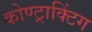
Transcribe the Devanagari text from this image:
कोण्ट्राक्टिंग